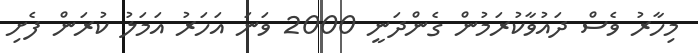
މިހާރު ވެސް ދައުވާކުރަމުން ގެންދަނީ 2000 ވަނަ އަހަރު އަމަލު ކުރަން ފެށި